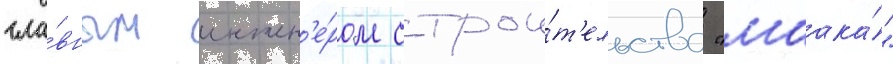
гла́вным инжен'е́ром строи́т'ельства "маака́"